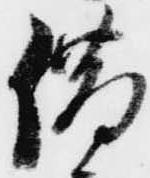
借